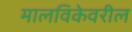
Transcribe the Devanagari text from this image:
मालविकेवरील